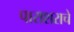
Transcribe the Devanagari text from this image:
पाराशराचे